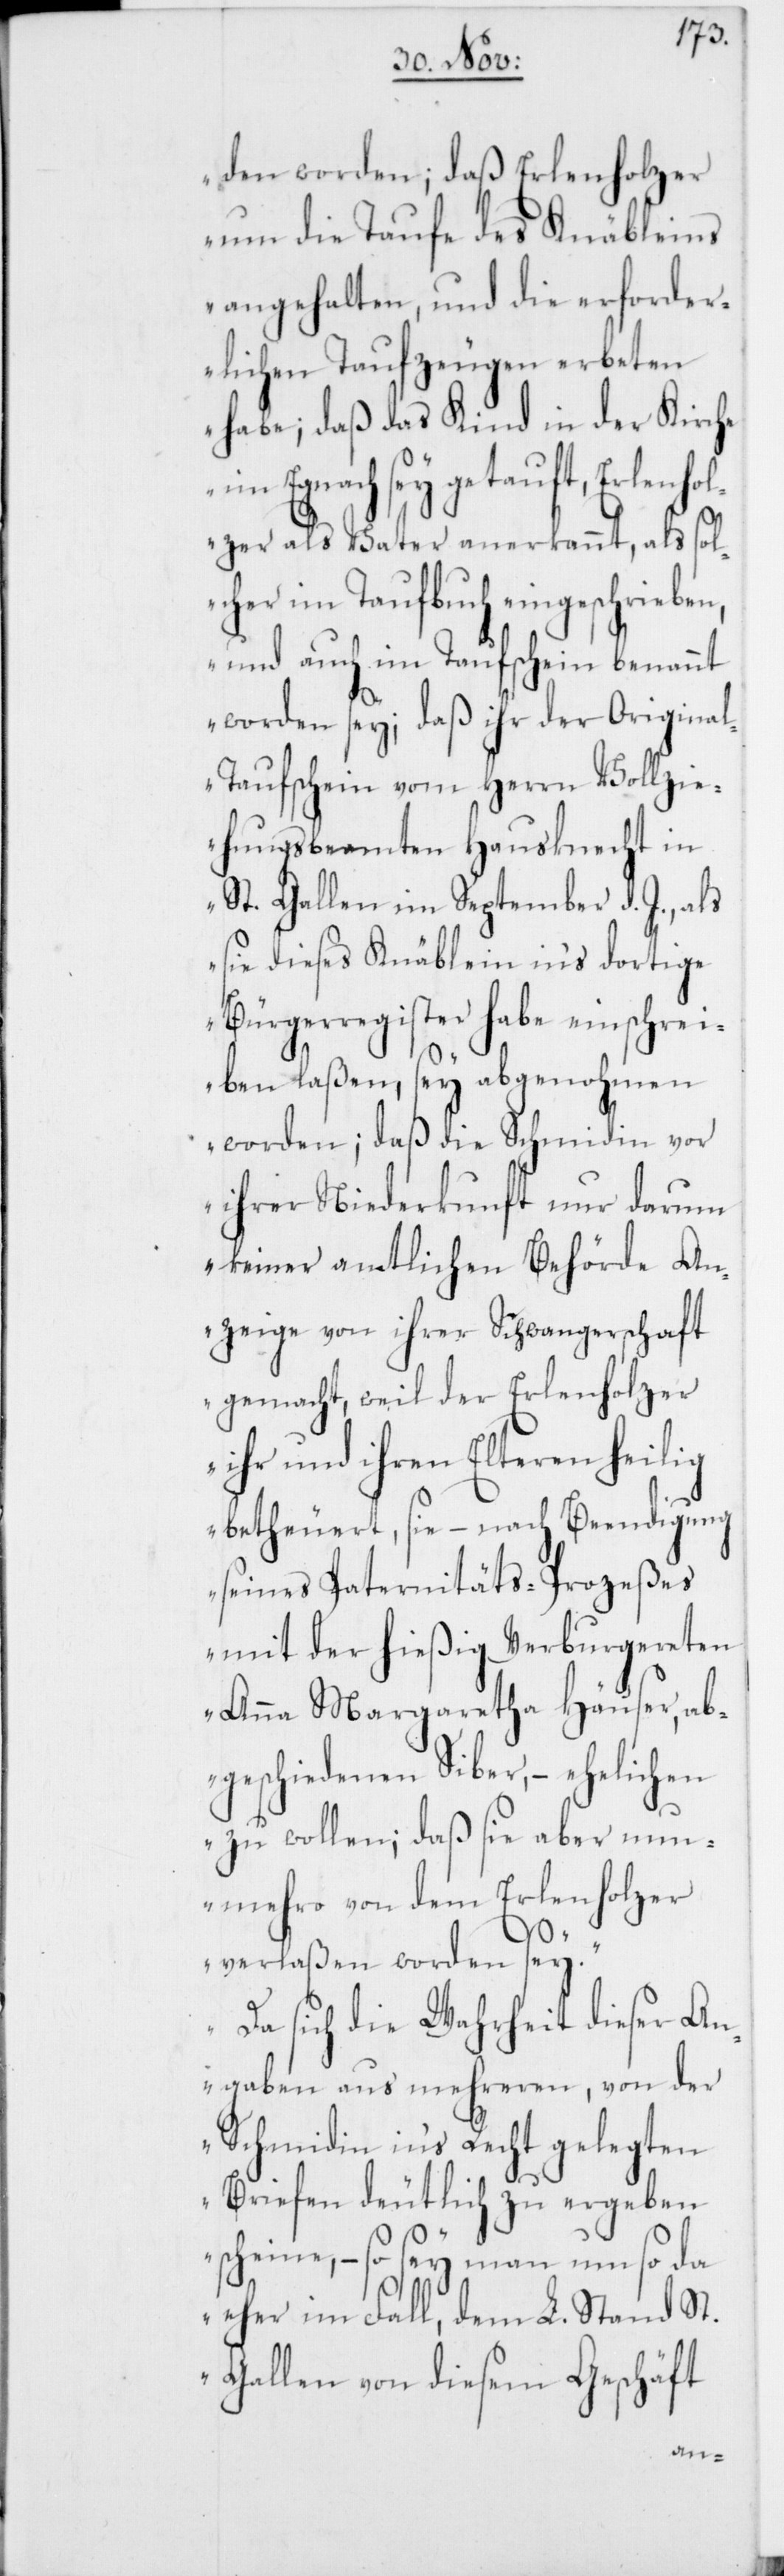
den worden; daß Erlenholzer
um die Taufe des Knäbleins
der
angehalten, und die
t.
rlichen Taufzeugen
lch¬
habe; daß das Kind in
enhol¬
im Egnach sey getauft,
als so¬
zer als Vater anerkannt,
er im Taufbuch eingeschrieb¬
und auch im Taufschein benannt
worden sey, daß ihr der Origina¬
l-Taufschein vom Herrn Vollzi¬
ehungsbeamten Hausknecht in
St. Gallen im September d. J., als
sie dieses Knäblein ins dortige
Bürgerregister habe einschrei¬
ben laßen, sey abgenohmen
worden; daß die Schmidin vor
ihrer Niederkunft nur darum
keiner amtlichen Behörde An¬
zeige von ihrer Schwangerschaft
gemacht, weil der Erlenholzer
ihr und ihren Elteren heilig
beteuert, sie – nach Beendigung
seines Paternitäts-Prozeßes
mit der hießig Verburgereten
Anna Margaretha Häuser, ab¬
geschiedenen Siber, – ehelichen
zu wollen; daß sie aber
nunmehro von dem Erlenholzer
verlaßen worden sey.
Da sich die Wahrheit dieser An¬
gaben aus mehreren, von der
Schmidin ins Recht gelegten
Briefen deutlich zu ergeben
scheine, – so sey man um so da
eher im Fall, dem L. Stand S¬
Gallen von diesem Geschäft